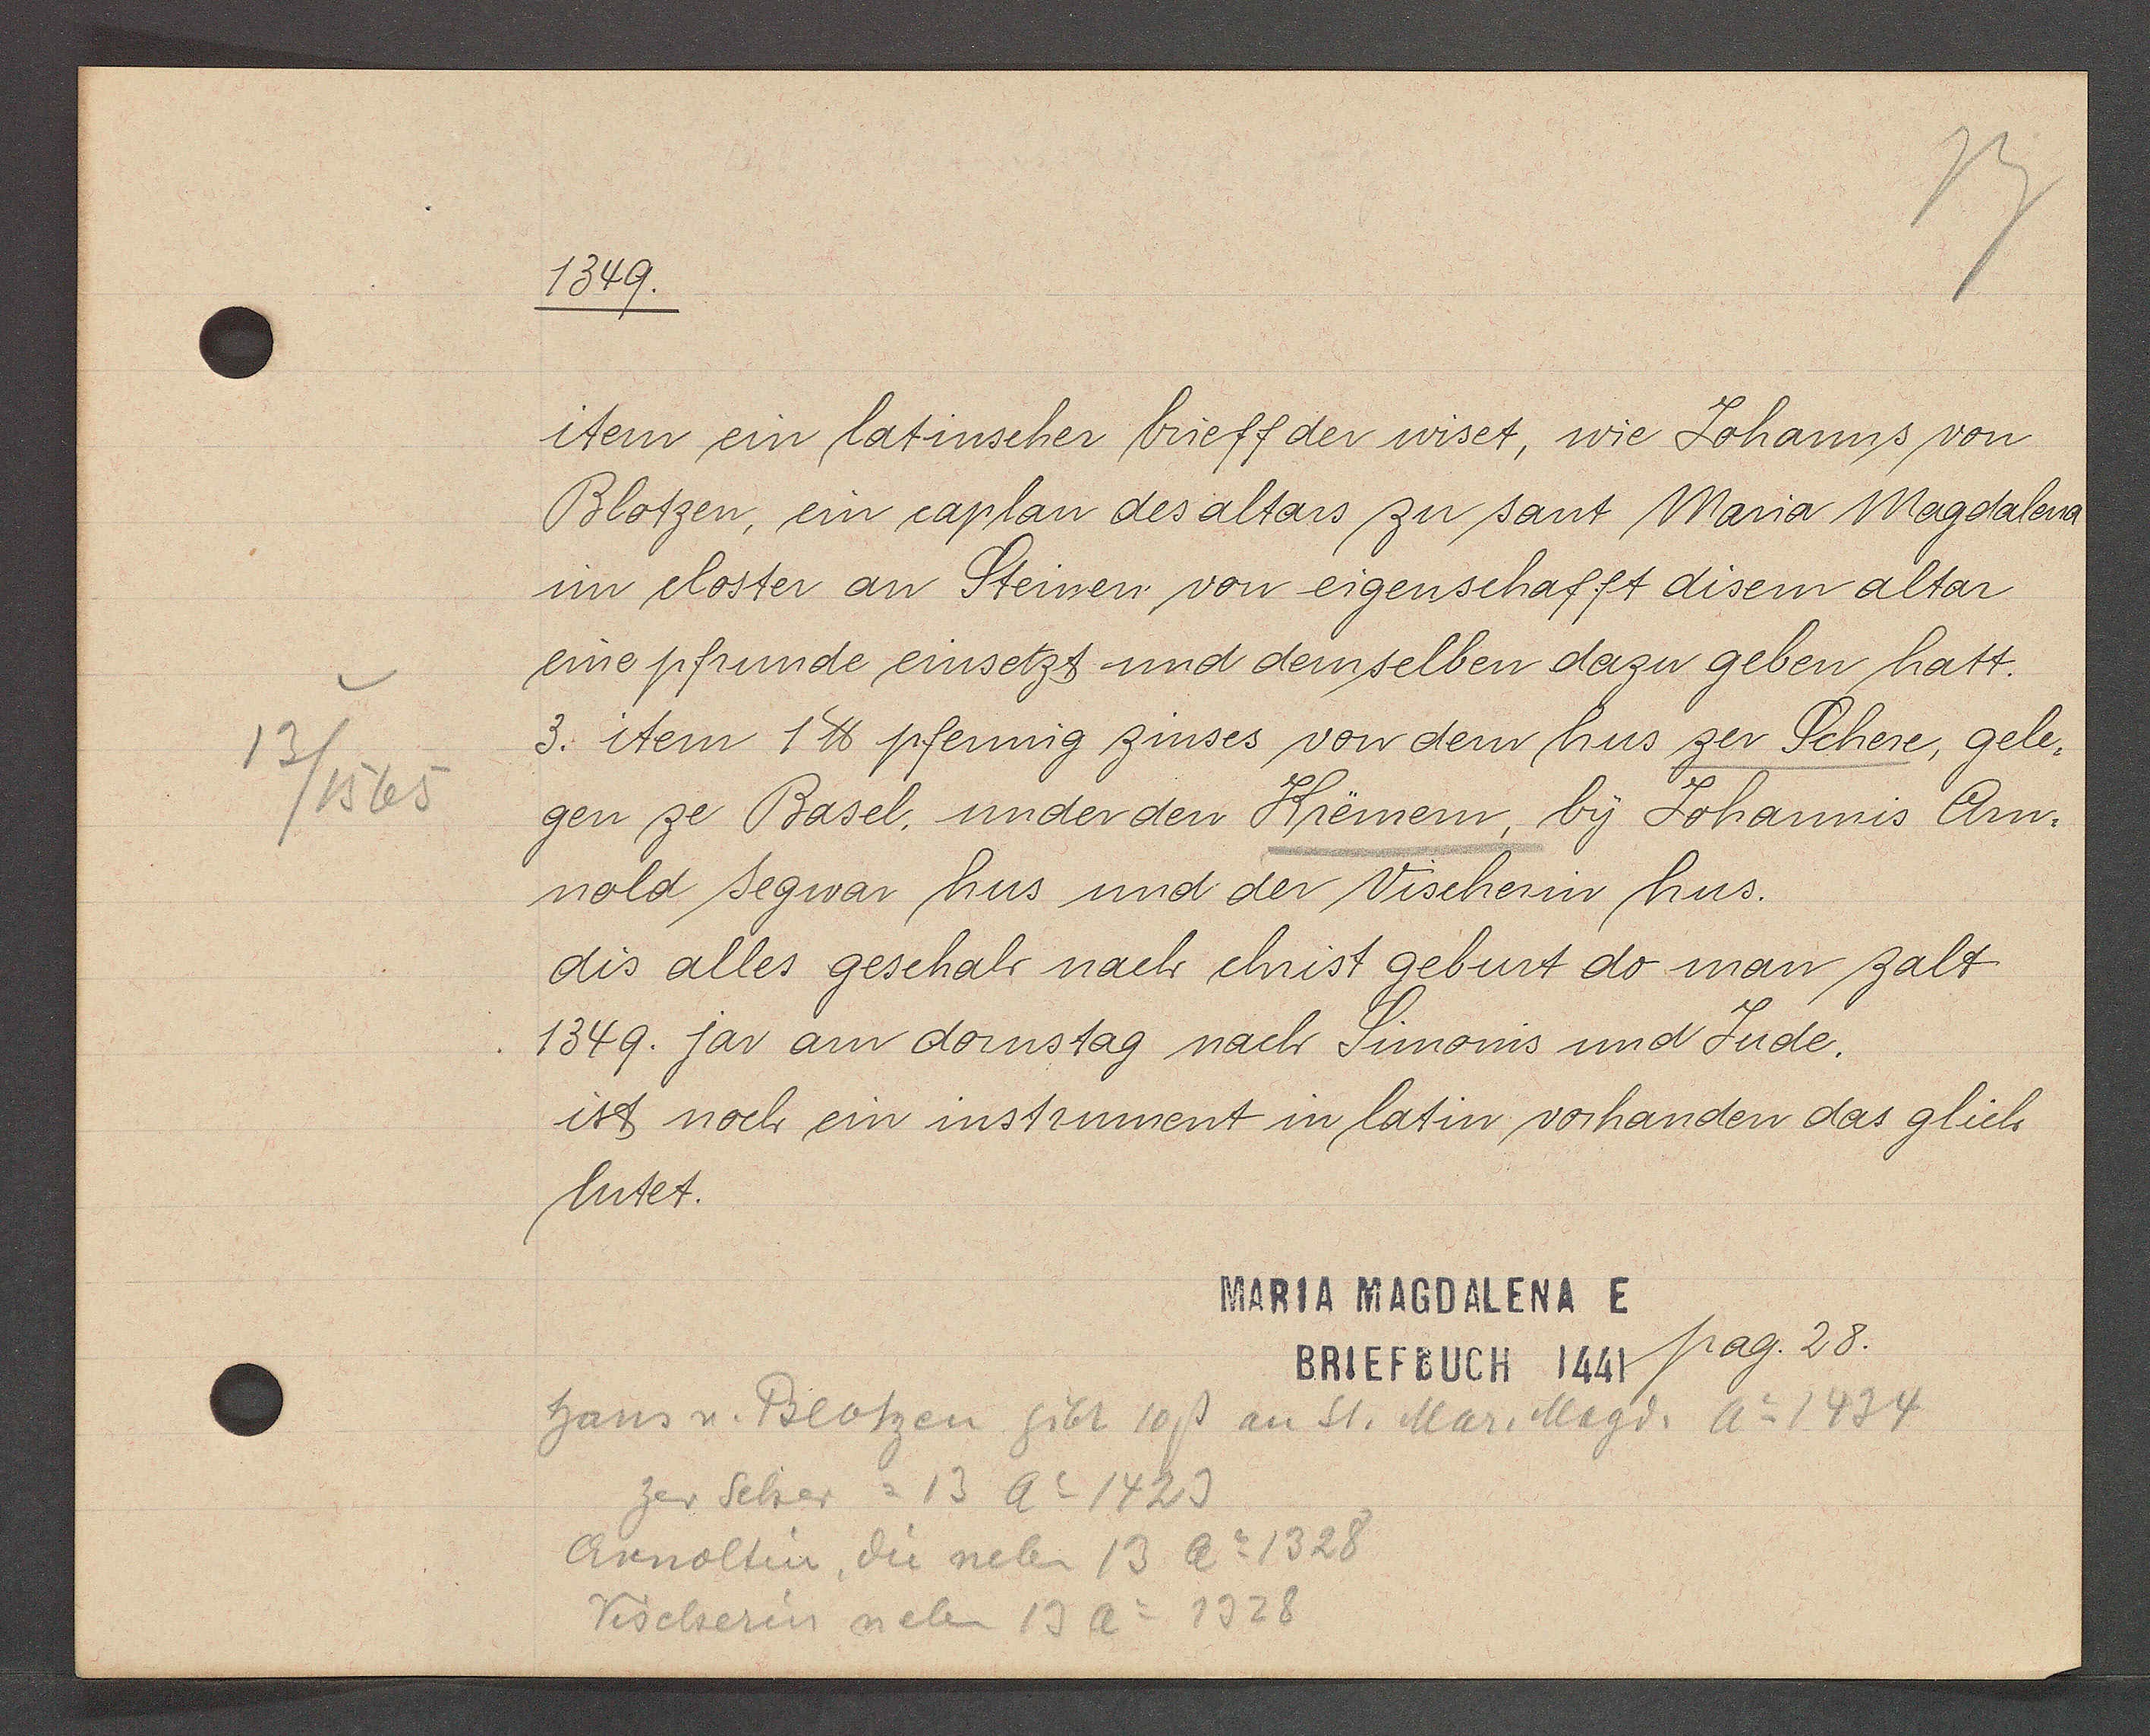
Transcript:
13
3/1565

1349.

item ein latinscher brieff der wiset, wie Johanns von
Blotzen, ein caplan des altars zu sant Maria Magdalena
im closter an Steinen von eigenschafft disem altar
eine pfrunde einsetzt und demselben dazu geben hatt.
3. item 1 ℔ pfennig zinses von dem hus zer Schere, gele-
gen ze Basel, under den Kremem by Johannis Arn-
nold segwar hus und der Vischerin hus.
dis alles geschah nach christ geburt do man zalt
1349. jar am dornstag nach Simonis und Jude.
ist noch ein instrument in latin vorhanden das glich
lutet.

MARIA MAGDALENA E
BRIEFBUCH 1441 pag. 28.

Hans v. Blotzen gibt 10ß an St. Mar. Magd. Ao 1434
Arnoltin die neben 13 Ao 1328
zer Scher = 13 Ao 1423
Vischerin neben 13 Ao 1328